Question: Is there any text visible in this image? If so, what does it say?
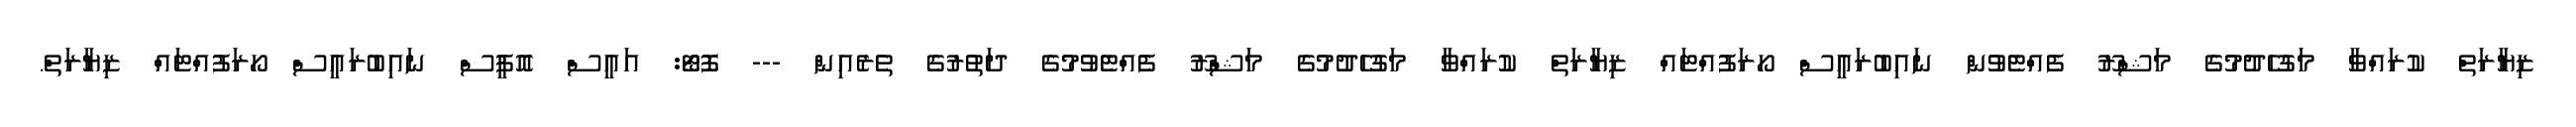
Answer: ޒިޔާރަތް ކުރައްވާ މަގުހެދުމުގެ މަޝްރޫ ފެއްޓެވުން ނައިބުރައީސް ހޯރަފުއްޓައް ޒިޔާރަތް ކުރައްވާ މަގުހެދުމުގެ މަޝްރޫ ފެއްޓެވުމުގެ ދަތުރުގެ ތެރެއިން --- ފޮޓޯ: އައީސް އޮފީސް ނައިބުރައީސް ހޯރަފުއްޓައް ޒިޔާރަތް.